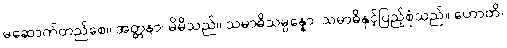
မဆောက်တည်စေ။ အတ္တနာ၊ မိမိသည်။ သမာဓိသမ္ပန္နော၊ သမာဓိနှင့်ပြည့်စုံသည်။ ဟောတိ၊